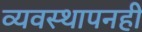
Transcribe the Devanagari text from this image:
व्यवस्थापनही